Kiideva_(Sinalepa)_vallavalitsus, lk 3
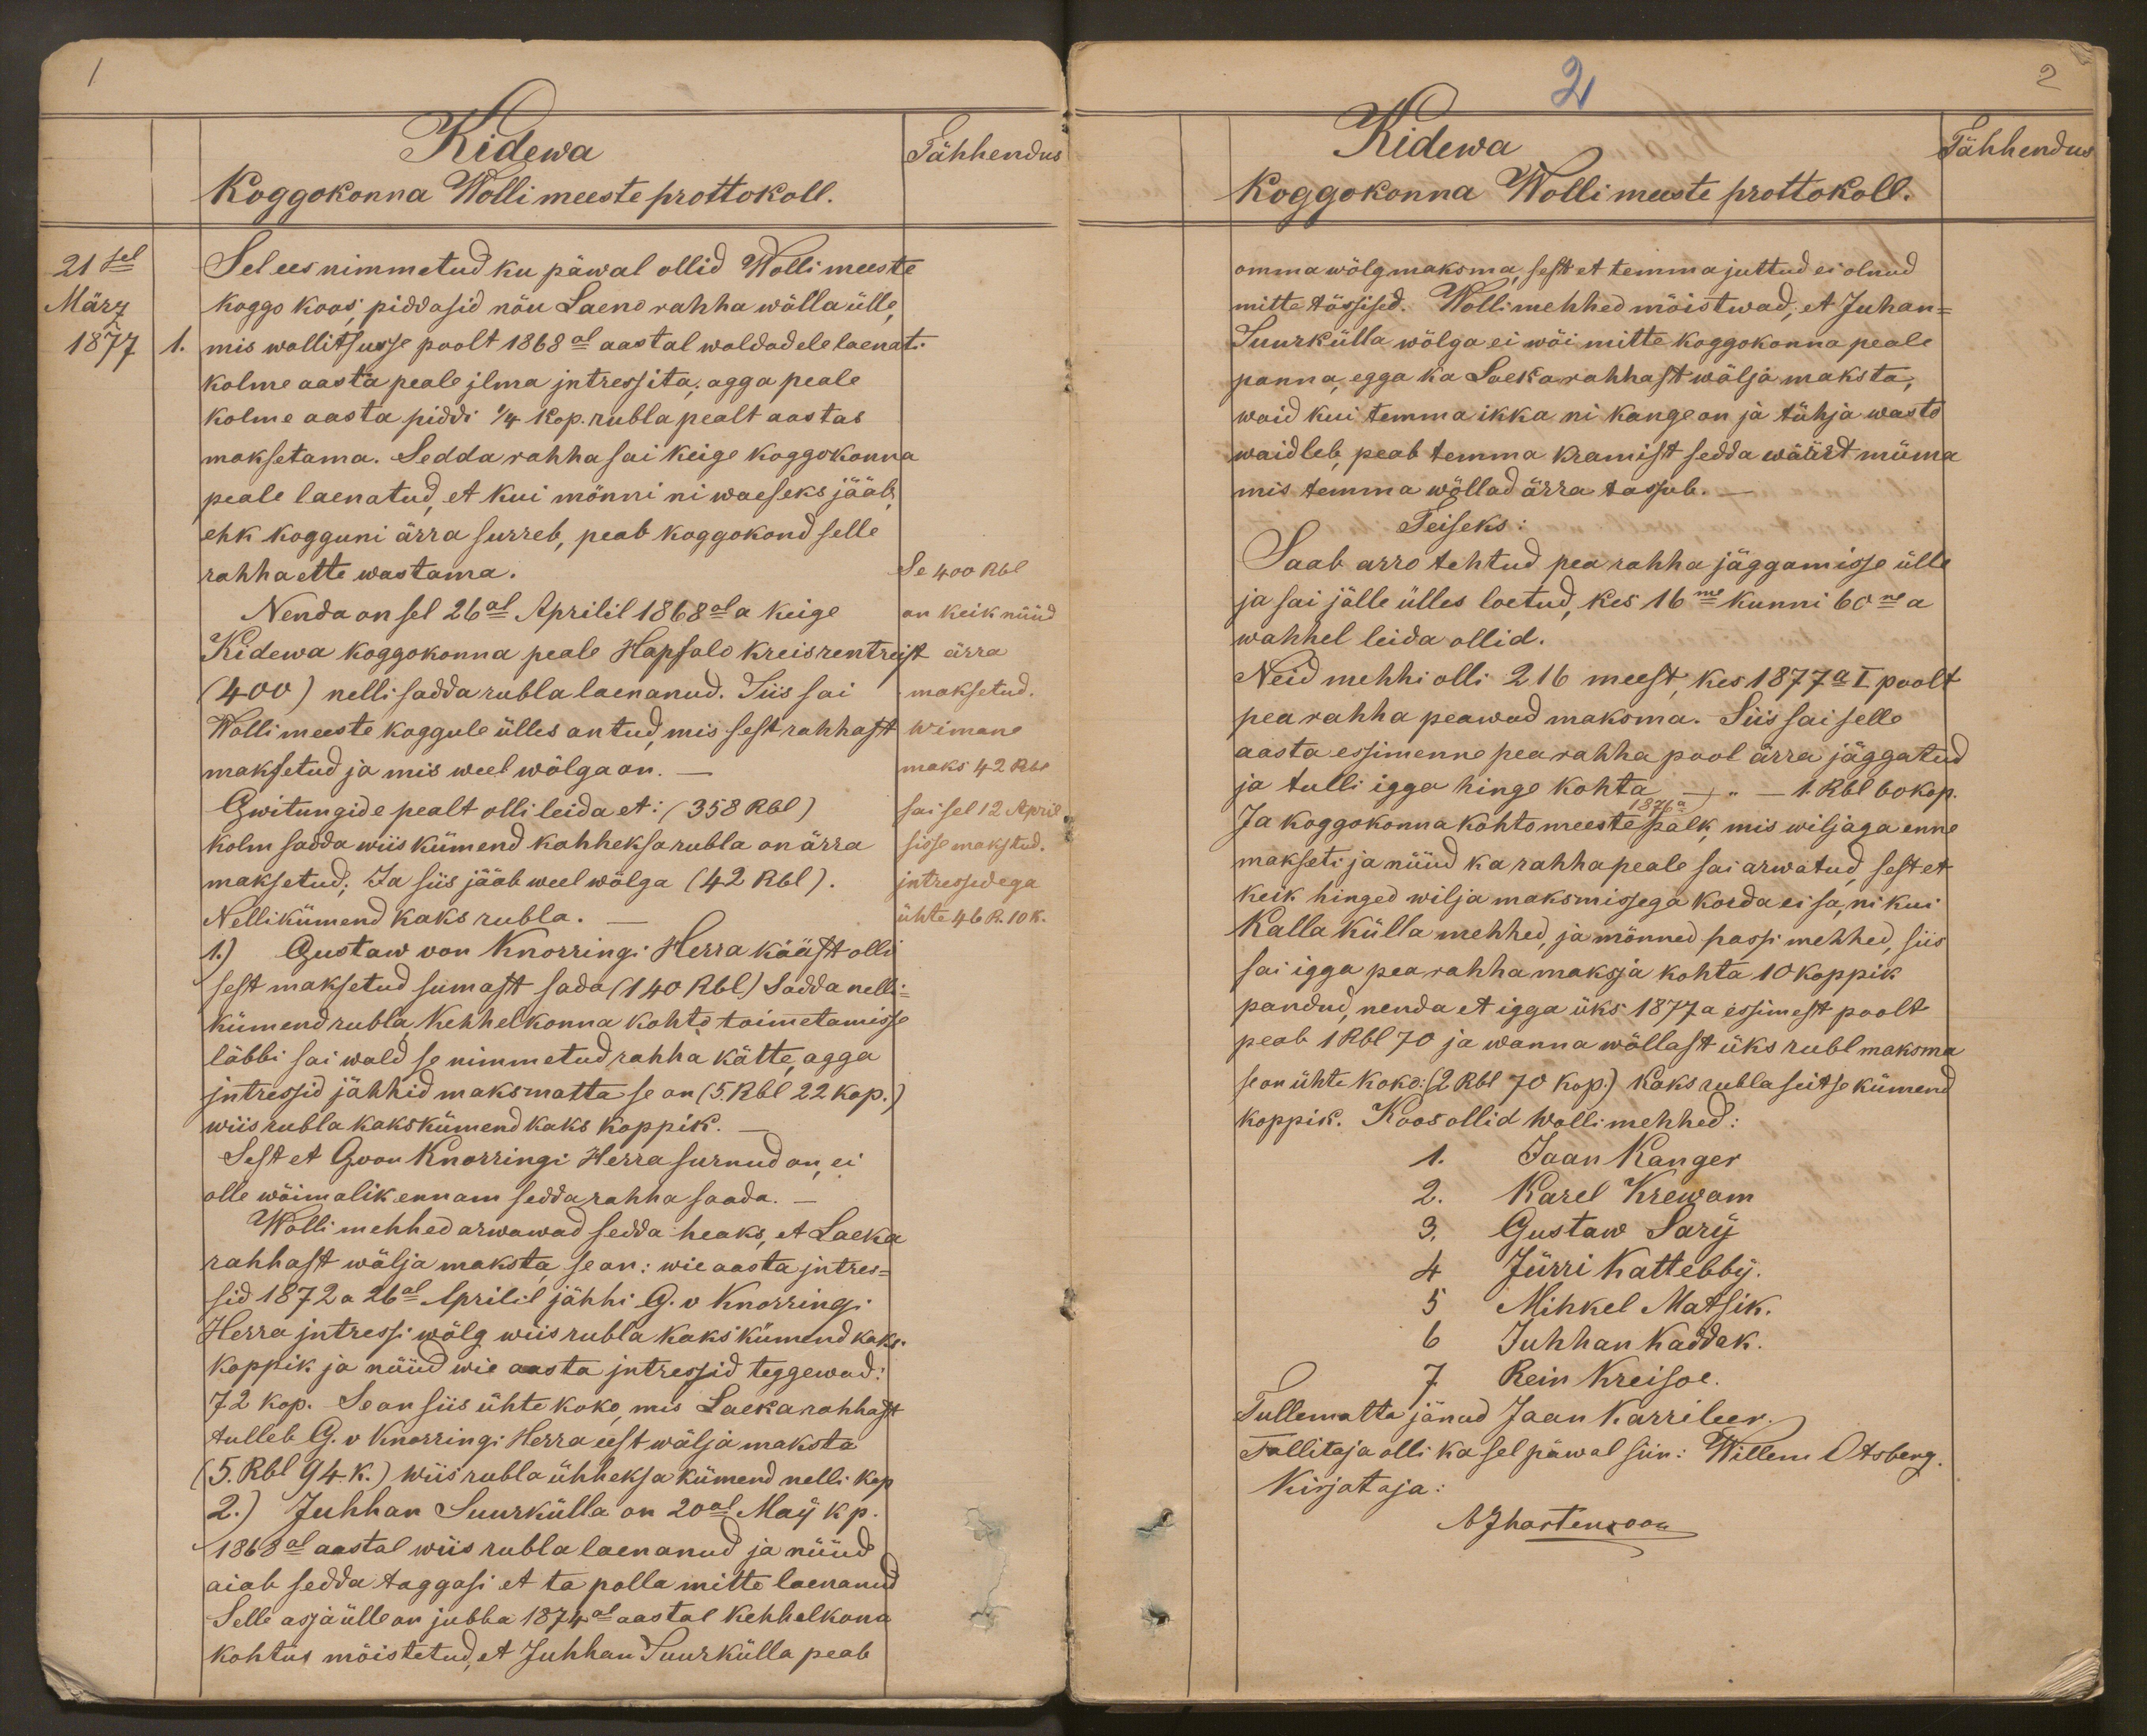
Kidewa
Tähhendus
Koggokonna Wollimeeste prottokoll.
21sel
Sel ees nimmetud ku päwal ollid Wolli meeste
März
koggo koos piddasid nõu Laeno rahha wõlla ülle
1877
1. mis wallitsusse poolt 1868al aastal waldadele laenati
kolme aasta peale jlma jntressita; agga peale
kolme aasta piddi 1/4 kop. rubla pealt aastas
maksetama. Sedda rahha sai keige koggokonna
peale laenatud, et kui mönni ni waeseks jääb
ehk kogguni ärra surreb, peab koggokond selle
rahha ette wastama.
Se 400 Rbl
Nenda on sel 26al Aprilil 1868al a keige
on keik nüüd
Kidewa koggokonna peale Hapsalo kreisrentreist
ärra
(400) nelli sadda rubla laenanud. Siis sai
maksetud.
Wolli meeste koggule ülles antud, mis sest rahhast
Wimane
maksetud ja mis weel wõlga on.
maks 42 Rbl
Gwitungide pealt olli leida et: (358 Rbl)
sai sel 12 April
kolm saada wiis kümend kahheksa rubla on ärra
sisse makstud.
maksetud; Ja siis jääb weel wõlga (42 Rbl).
jntressedega
Nellikiimend kaks rubla.
ühte 46 R. 10 K.
1.) Gustaw von Knorringi Herra kääst olli
sest maksetud sumast sada (140 Rbl) Sadda nelli-
kümend rubla kehhelkonna kohto toimetamisse
läbbi sai wald se nimmetud rahha kätte, agga
jntressid jähhid maksmatta se on (5 Rbl 22 kop.)
wiis rubla kakskümend kaks koppik.
Sest et G. von Knorringi Herra surnud on, ei
olle wõimalik ennam sedda rahha saada.
Wollimehhed arwawad sedda heaks, et Laeka
rahhast wälja maksta se on: wie aasta jntres-
sid 1872 a 26al Aprilil jähhi G. v  Knorringi
Herra jntressi wõlg wiis rubla kaks kümend kaks
koppik ja nüüd wie aasta jntressid teggewad:
72 kop. Se on siis ühte koko, mis Laeka rahhast
tulleb G. v Knorringi Herra eest wälja maksta
(5. Rbl 94 K.) wiis rubla ühheksa kümend nelli kop.
2.) Juhhan Suurkülla on 20al May k.p.
1868 al aastal wiis rubla laenanud ja nüüd
aiab sedda taggasi et ta polla mitte laenanud
Selle asja ülle on jubba 1874al aastal kehhelkona
kohtus mõistetud, et Juhhan Suurkülla peab

2
2
Kidewa
Tähhendus
Koggokonna Wollimeeste prottokoll.
omma wõlg maksma, sest et temma juttud ei olnud
mitte tõssised. Wollimehhed mõistwad, et Juhan-
Suurkülla wõlga ei wõi mitte koggokonna peale
panna, egga ka Laeka rahhast wälja maksta,
waid kui temma ikka ni kange on ja tühja wasto
waidleb, peab temma kramist sedda wäärt müma
mis temma wõllad ärra tassub.
Teiseks:
Saab arro tehtud pea rahha jäggamisse ülle
ja sai jälle ülles loetud, kes 16me kunni 60ne a
wahhel leida ollid.
Neid mehhi olli 216 meest kes 1877 a I poolt
pearahha peawad maksma. Siis sai selle
aasta essimenne pearahha pool ärra jäggatud
ja tulli igga hinge kohta - " - 1. Rbl 60 kop.
Ja koggokonna kohtomeeste 1876 a palk, mis wiljaga enne
makseti ja nüüd ka rahha peale sai arwatud sest et
keik hinged wilja maksmisega korda ei sa, ni kui
Kallakülla mehhed, ja mönned passi mehhed, siis
sai igga pearahha maksja kohta 10 koppik
pandud, nenda et igga üks 1877 a essimest poolt
peab 1 Rbl 70 ja wanna wõllast üks rubl maksma
se on ühte koko: (2 Rbl 70 kop.) Kaks rubla seitse kümend
koppik. Koos ollid wollimehhed:
1. Jaan Kanger
2. Karel Krewam
3, Gustaw Sary
4 Jürri Kattebby.
5 Mihkel Matsik.
6 Juhhan Kaddak.
7 Rein Kreisoe.
Tullematta jänud Jaan Karrileev.
Tallitaja olli ka sel päwal siin: Willem Otsberg.
Kirjotaja.
EJMartensoon